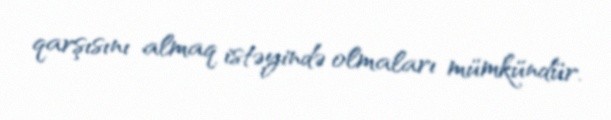
qarşısını almaq istəyində olmaları mümkündür.